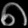
Digit: ၈